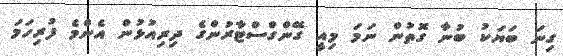
ގިނަ ބަޔަކު ބުނާ ގޮތުން ނަމަ މިއީ ގޭންގްސްޓާރުންގެ ދިރިއުޅުން އެންމެ ފުރިހަމަ